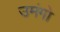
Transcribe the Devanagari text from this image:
उमंगो